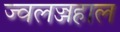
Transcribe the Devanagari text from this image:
ज्वलज्जहाल